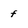
Character: f